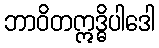
ဘာဝိတဣဒ္ဓိပါဒေါ